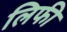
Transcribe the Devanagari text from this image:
लिफी